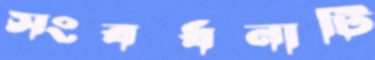
সংবর্ধনাটি